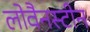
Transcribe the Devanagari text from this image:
लोवैनस्टीन